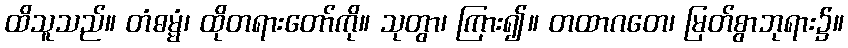
ထိသူသည်။ တံဓမ္မံ၊ ထိုတရားတော်ကို။ သုတွာ၊ ကြား၍။ တထာဂတေ၊ မြတ်စွာဘုရား၌။